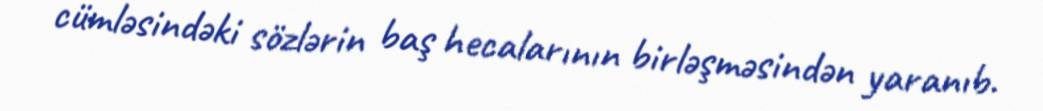
cümləsindəki sözlərin baş hecalarının birləşməsindən yaranıb.